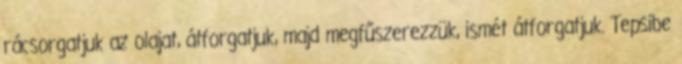
rácsorgatjuk az olajat, átforgatjuk, majd megfűszerezzük, ismét átforgatjuk. Tepsibe